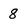
Character: 8